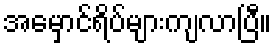
အမှောင်ရိပ်များကျလာပြီ။